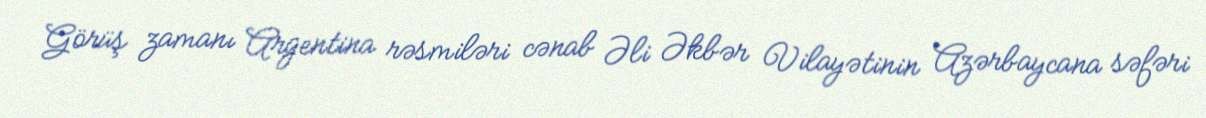
Görüş zamanı Argentina rəsmiləri cənab Əli Əkbər Vilayətinin Azərbaycana səfəri